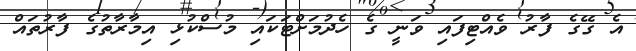
އެ ގޭގެ ފާރު ވެއްޓިފައި ވަނީ ގެ ހެދުމަށްޓަކައި މުސްކުޅި އިމާރާތުގެ ފާރުތައް